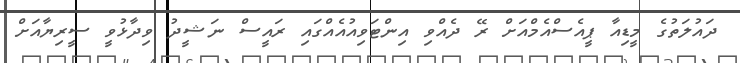
ދައުލަތުގެ މީޑިއާ ޕީއެސްއެމްއަށް ރޭ ދެއްވި އިންޓަވިއުއެއްގައި ރައީސް ނަޝީދު ވިދާޅުވީ ސީރިޔާއަށް